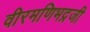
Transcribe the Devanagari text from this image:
वीरमणिभद्रजी